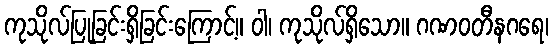
ကုသိုလ်ပြုခြင်းရှိခြင်းကြောင့်။ ဝါ၊ ကုသိုလ်ရှိသော။ ဂဏဝတီနဂရေ၊